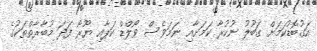
އަގުބޮޑުކަމަށް ގަބޫލު ނުކުރާ ކަމަށާއި ނަމަވެސް ވޯލްޑް ކަޕާއި ޔޫރޯ ފަދަ މުބާރާތްތަކުގެ